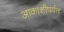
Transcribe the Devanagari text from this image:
आकाशीपर्यंत